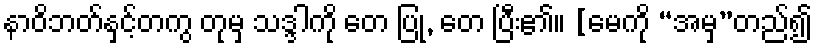
နာဝိဘတ်နှင့်တကွ တုမှ သဒ္ဒါကို တေ ပြု, တေ ပြီး၏။ [မေကို “အမှ”တည်၍